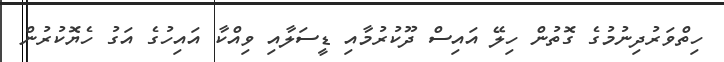
ހިތްވަރުދިނުމުގެ ގޮތުން ހިލޭ އައިސް ދޫކުރުމާއި ޑީސަލާއި ވިއްކާ އައިހުގެ އަގު ހެޔޮކުރުން